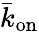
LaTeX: \bar{k}_{\mathrm{on}}